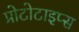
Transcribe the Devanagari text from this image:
प्रोटोटाइप्स